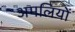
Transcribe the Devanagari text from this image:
अमलियों